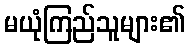
မယုံကြည်သူများ၏